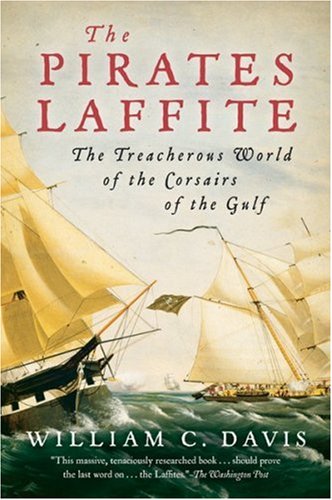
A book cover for The Pirates Laffite: The Treacherous World of the Corsairs of the Gulf; William C. Davis; Biographies & Memoirs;